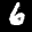
Label: 6